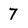
Character: 7